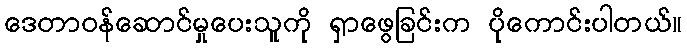
ဒေတာဝန်ဆောင်မှုပေးသူကို ရှာဖွေခြင်းက ပိုကောင်းပါတယ်။